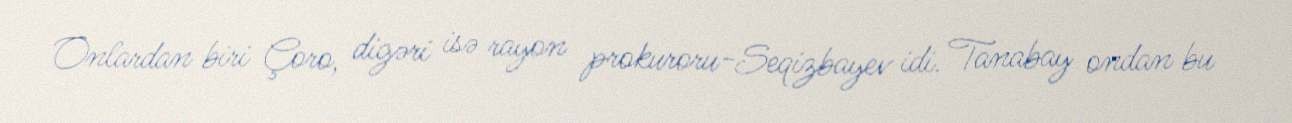
Onlardan biri Çoro, digəri isə rayon prokuroru-Seqizbayev idi. Tanabay ondan bu